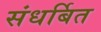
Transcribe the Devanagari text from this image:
संधर्बित